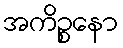
အကိဉ္စနော